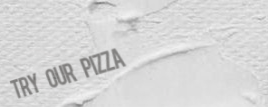
Try Our Pizza